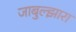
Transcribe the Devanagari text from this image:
जाबुल्झारा